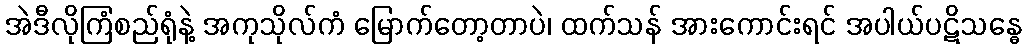
အဲဒီလိုကြံစည်ရုံနဲ့ အကုသိုလ်ကံ မြောက်တော့တာပဲ၊ ထက်သန် အားကောင်းရင် အပါယ်ပဋိသန္ဓေ